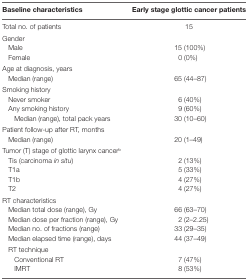
| Baseline characteristics | Early stage glottic cancer patients |
 | --- | --- |
 | Total no. of patients | 15 |
 | Gender |  |
 | Male | 15 (100%) |
 | Female | 0 (0%) |
 | Age at diagnosis, years |  |
 | Median (range) | 65 (44–87) |
 | Smoking history |  |
 | Never smoker | 6 (40%) |
 | Any smoking history | 9 (60%) |
 | Median (range), total pack years | 30 (10–60) |
 | Patient follow-up after RT, months |  |
 | Median (range) | 20 (1–49) |
 | Tumor (T) stage of glottic larynx cancerb |  |
 | Tis (carcinoma in situ) | 2 (13%) |
 | T1a | 5 (33%) |
 | T1b | 4 (27%) |
 | T2 | 4 (27%) |
 | RT characteristics |  |
 | Median total dose (range), Gy | 66 (63–70) |
 | Median dose per fraction (range), Gy | 2 (2–2.25) |
 | Median no. of fractions (range) | 33 (29–35) |
 | Median elapsed time (range), days | 44 (37–49) |
 | RT technique |  |
 | Conventional RT | 7 (47%) |
 | IMRT | 8 (53%) |